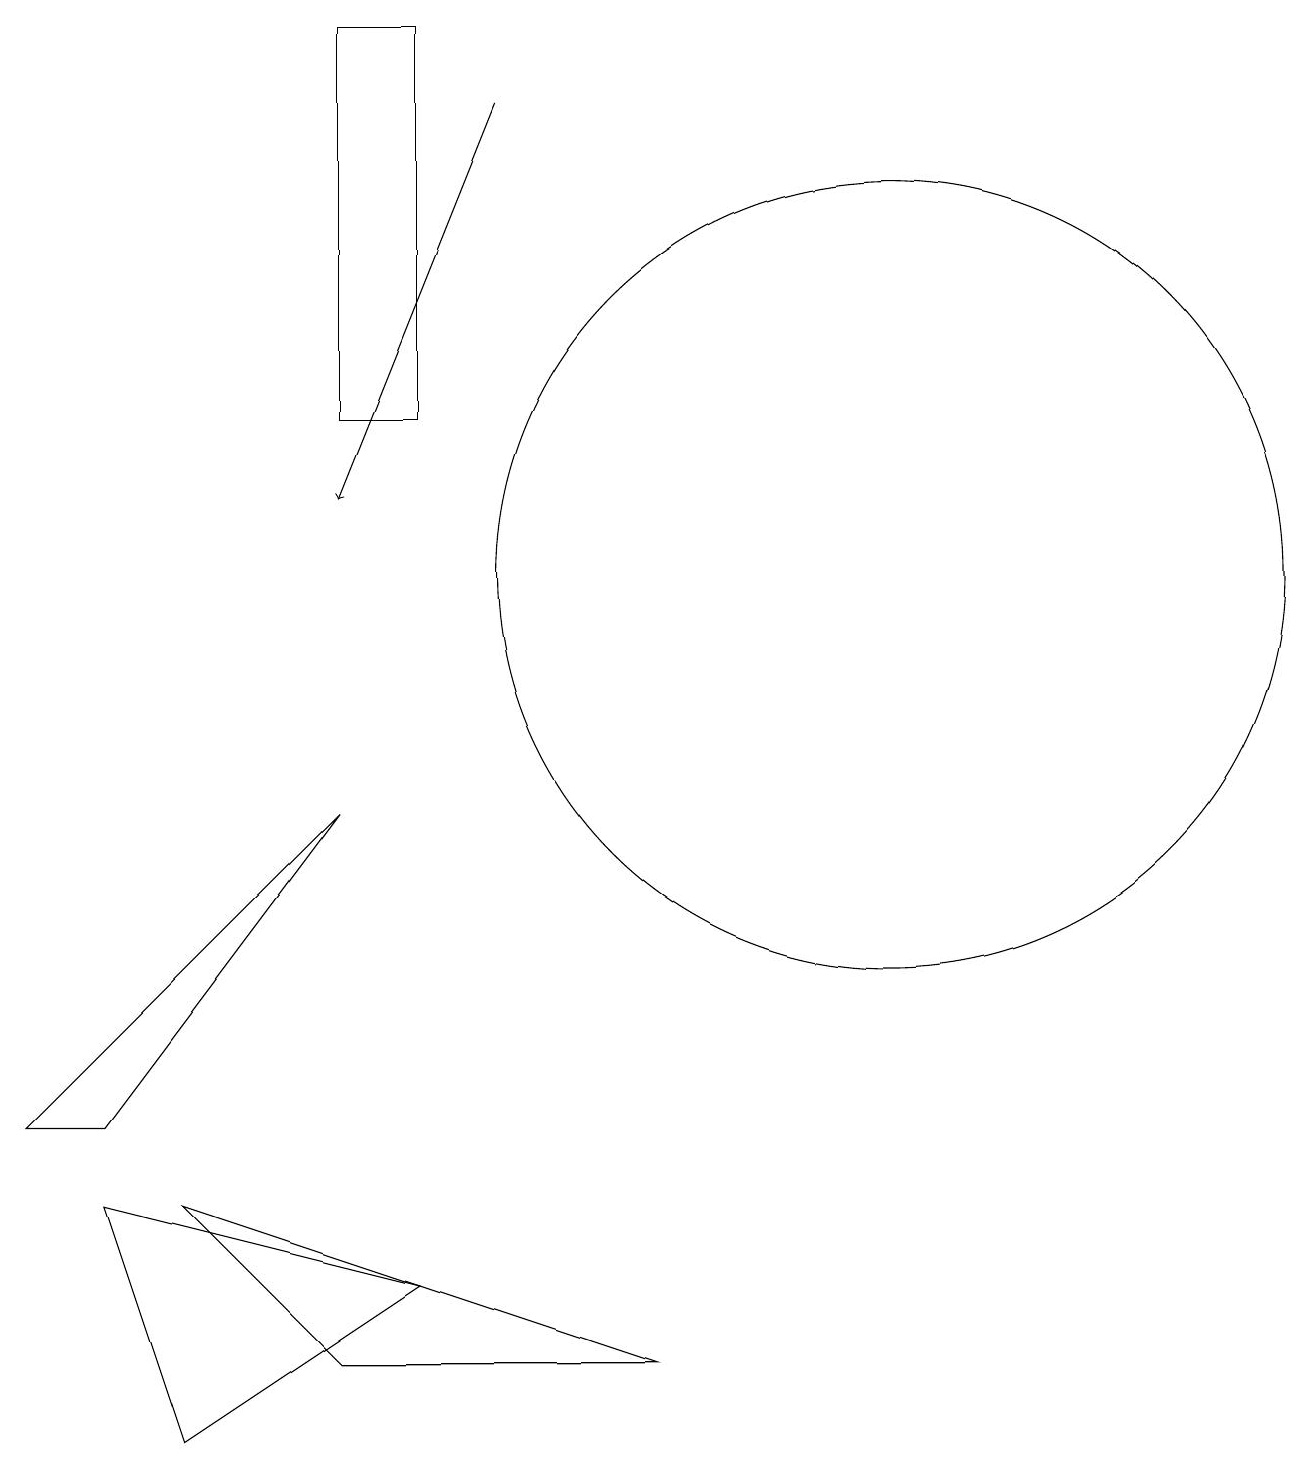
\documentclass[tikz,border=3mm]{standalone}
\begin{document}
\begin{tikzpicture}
\draw (4,9) -- (1,5) -- (0,5) -- cycle;
\draw[->] (6,18) -- (4,13);
\draw (11,12) circle (5);
\draw (10,11) circle (0);
\draw (5,14) rectangle (4,19);
\draw (2,4) -- (4,2) -- (8,2) -- cycle;
\draw (1,4) -- (2,1) -- (5,3) -- cycle;
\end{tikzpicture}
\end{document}